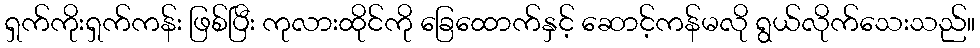
ရှက်ကိုးရှက်ကန်း ဖြစ်ပြီး ကုလားထိုင်ကို ခြေထောက်နှင့် ဆောင့်ကန်မလို ရွယ်လိုက်သေးသည်။